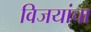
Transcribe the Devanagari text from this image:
विजयांचा